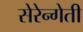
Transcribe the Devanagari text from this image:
सेरेन्गेती